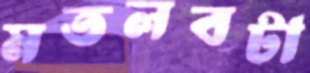
মতলবটা